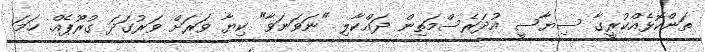
ތަންކޮޅެއްކުރީގާ ސިޔާސީ އުދަރެސްމަތިން ދައްކާލި "ނަވަނަވާ" ކިޔާ ވަރަށް ވަރުގަދަ ގުރޫޕެއް. ހަމަ